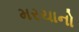
મરચાનો